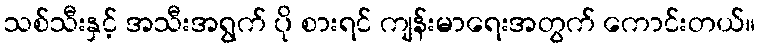
သစ်သီးနှင့် အသီးအရွက် ပို စားရင် ကျန်းမာရေးအတွက် ကောင်းတယ်။